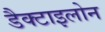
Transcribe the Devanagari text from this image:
डैक्टाइलोन